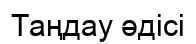
Таңдау әдісі